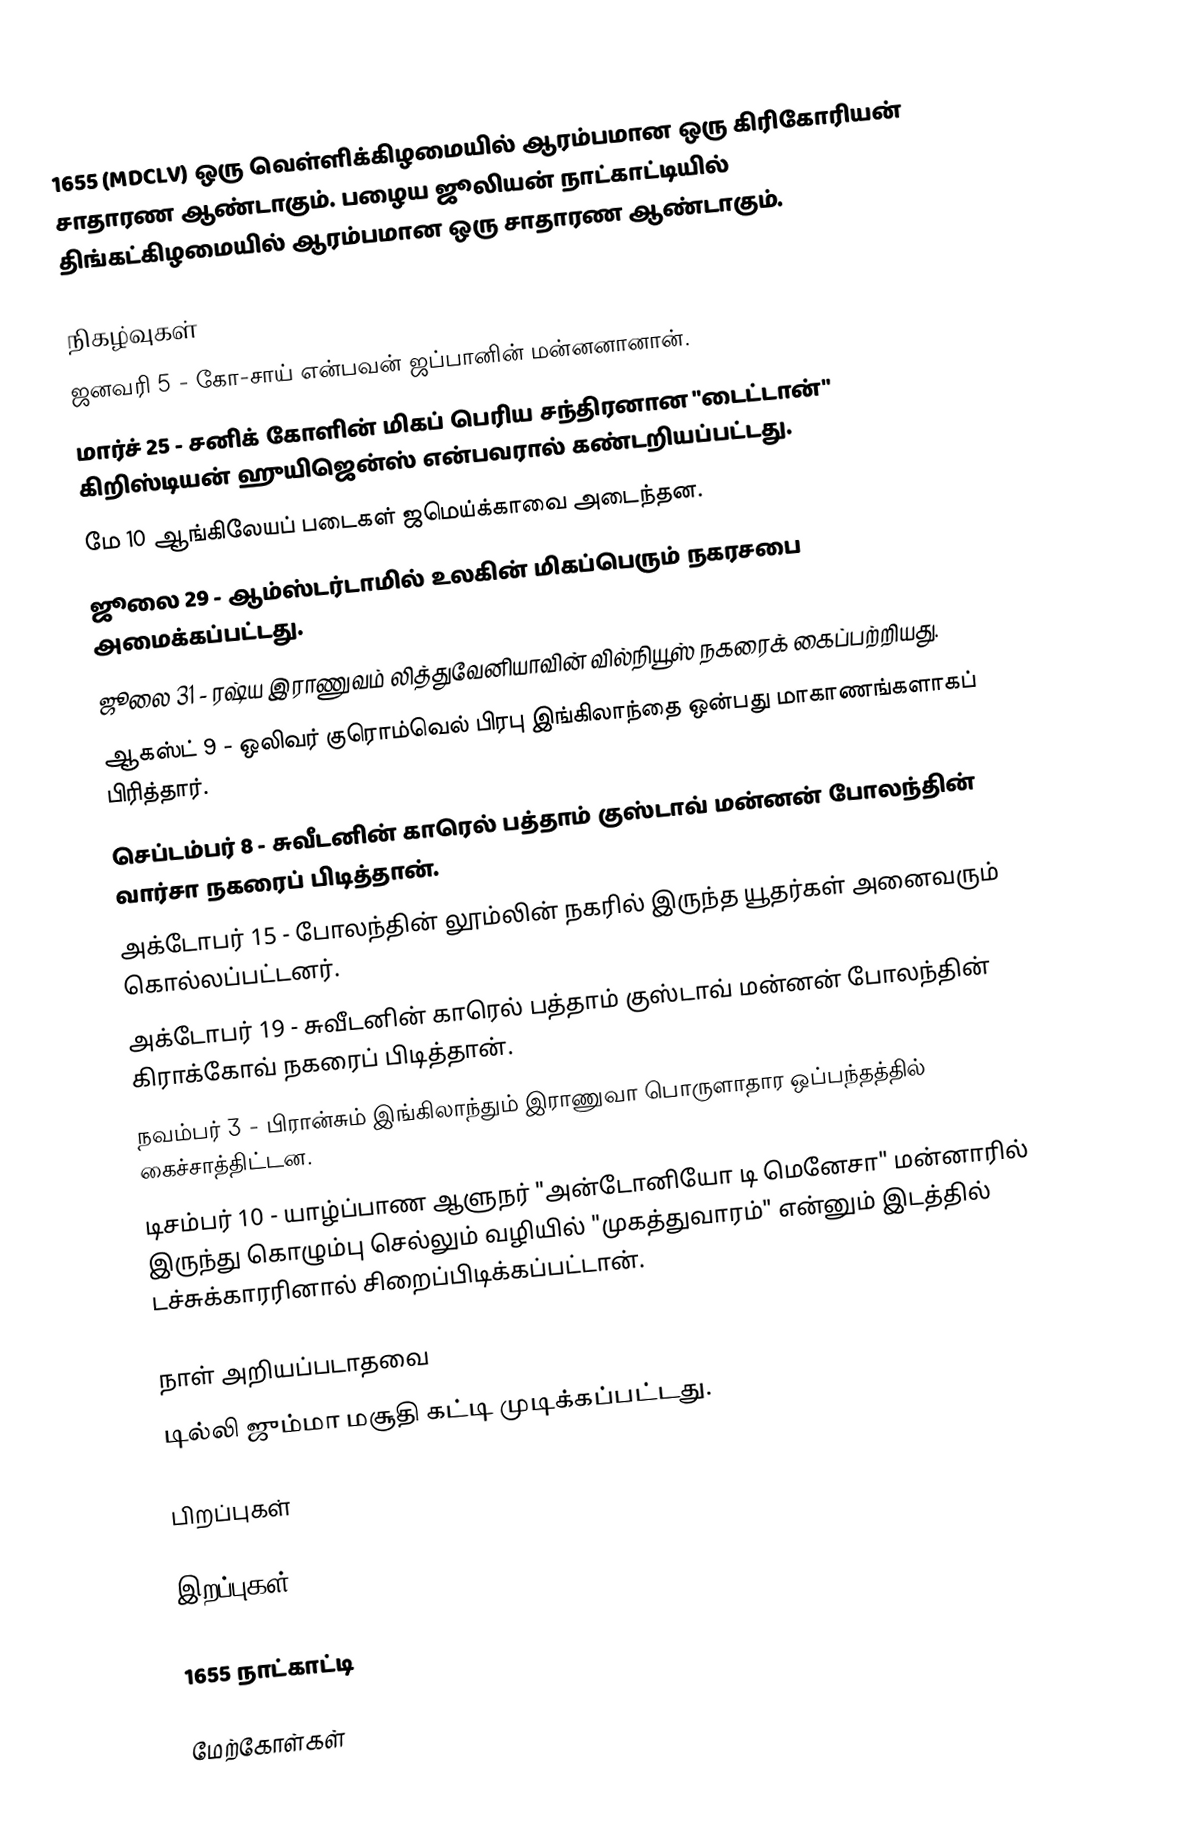
1655 (MDCLV) ஒரு வெள்ளிக்கிழமையில் ஆரம்பமான ஒரு கிரிகோரியன் சாதாரண ஆண்டாகும். பழைய ஜூலியன் நாட்காட்டியில் திங்கட்கிழமையில் ஆரம்பமான ஒரு சாதாரண ஆண்டாகும்.

நிகழ்வுகள்
 ஜனவரி 5 - கோ-சாய் என்பவன் ஜப்பானின் மன்னனானான்.
 மார்ச் 25 - சனிக் கோளின் மிகப் பெரிய சந்திரனான "டைட்டான்" கிறிஸ்டியன் ஹுயிஜென்ஸ் என்பவரால் கண்டறியப்பட்டது.
 மே 10 ஆங்கிலேயப் படைகள் ஜமெய்க்காவை அடைந்தன.
 ஜூலை 29 - ஆம்ஸ்டர்டாமில் உலகின் மிகப்பெரும் நகரசபை அமைக்கப்பட்டது.
 ஜூலை 31 - ரஷ்ய இராணுவம் லித்துவேனியாவின் வில்நியூஸ் நகரைக் கைப்பற்றியது.
 ஆகஸ்ட் 9 - ஒலிவர் குரொம்வெல் பிரபு இங்கிலாந்தை ஒன்பது மாகாணங்களாகப் பிரித்தார்.
 செப்டம்பர் 8 - சுவீடனின் காரெல் பத்தாம் குஸ்டாவ் மன்னன் போலந்தின் வார்சா நகரைப் பிடித்தான்.
 அக்டோபர் 15 - போலந்தின் லூம்லின் நகரில் இருந்த யூதர்கள் அனைவரும் கொல்லப்பட்டனர்.
 அக்டோபர் 19 - சுவீடனின் காரெல் பத்தாம் குஸ்டாவ் மன்னன் போலந்தின் கிராக்கோவ் நகரைப் பிடித்தான்.
 நவம்பர் 3 - பிரான்சும் இங்கிலாந்தும் இராணுவா பொருளாதார ஒப்பந்தத்தில் கைச்சாத்திட்டன.
 டிசம்பர் 10 - யாழ்ப்பாண ஆளுநர் "அன்டோனியோ டி மெனேசா" மன்னாரில் இருந்து கொழும்பு செல்லும் வழியில் "முகத்துவாரம்" என்னும் இடத்தில் டச்சுக்காரரினால் சிறைப்பிடிக்கப்பட்டான்.

நாள் அறியப்படாதவை
 டில்லி ஜும்மா மசூதி கட்டி முடிக்கப்பட்டது.

பிறப்புகள்

இறப்புகள்

1655 நாட்காட்டி

மேற்கோள்கள்